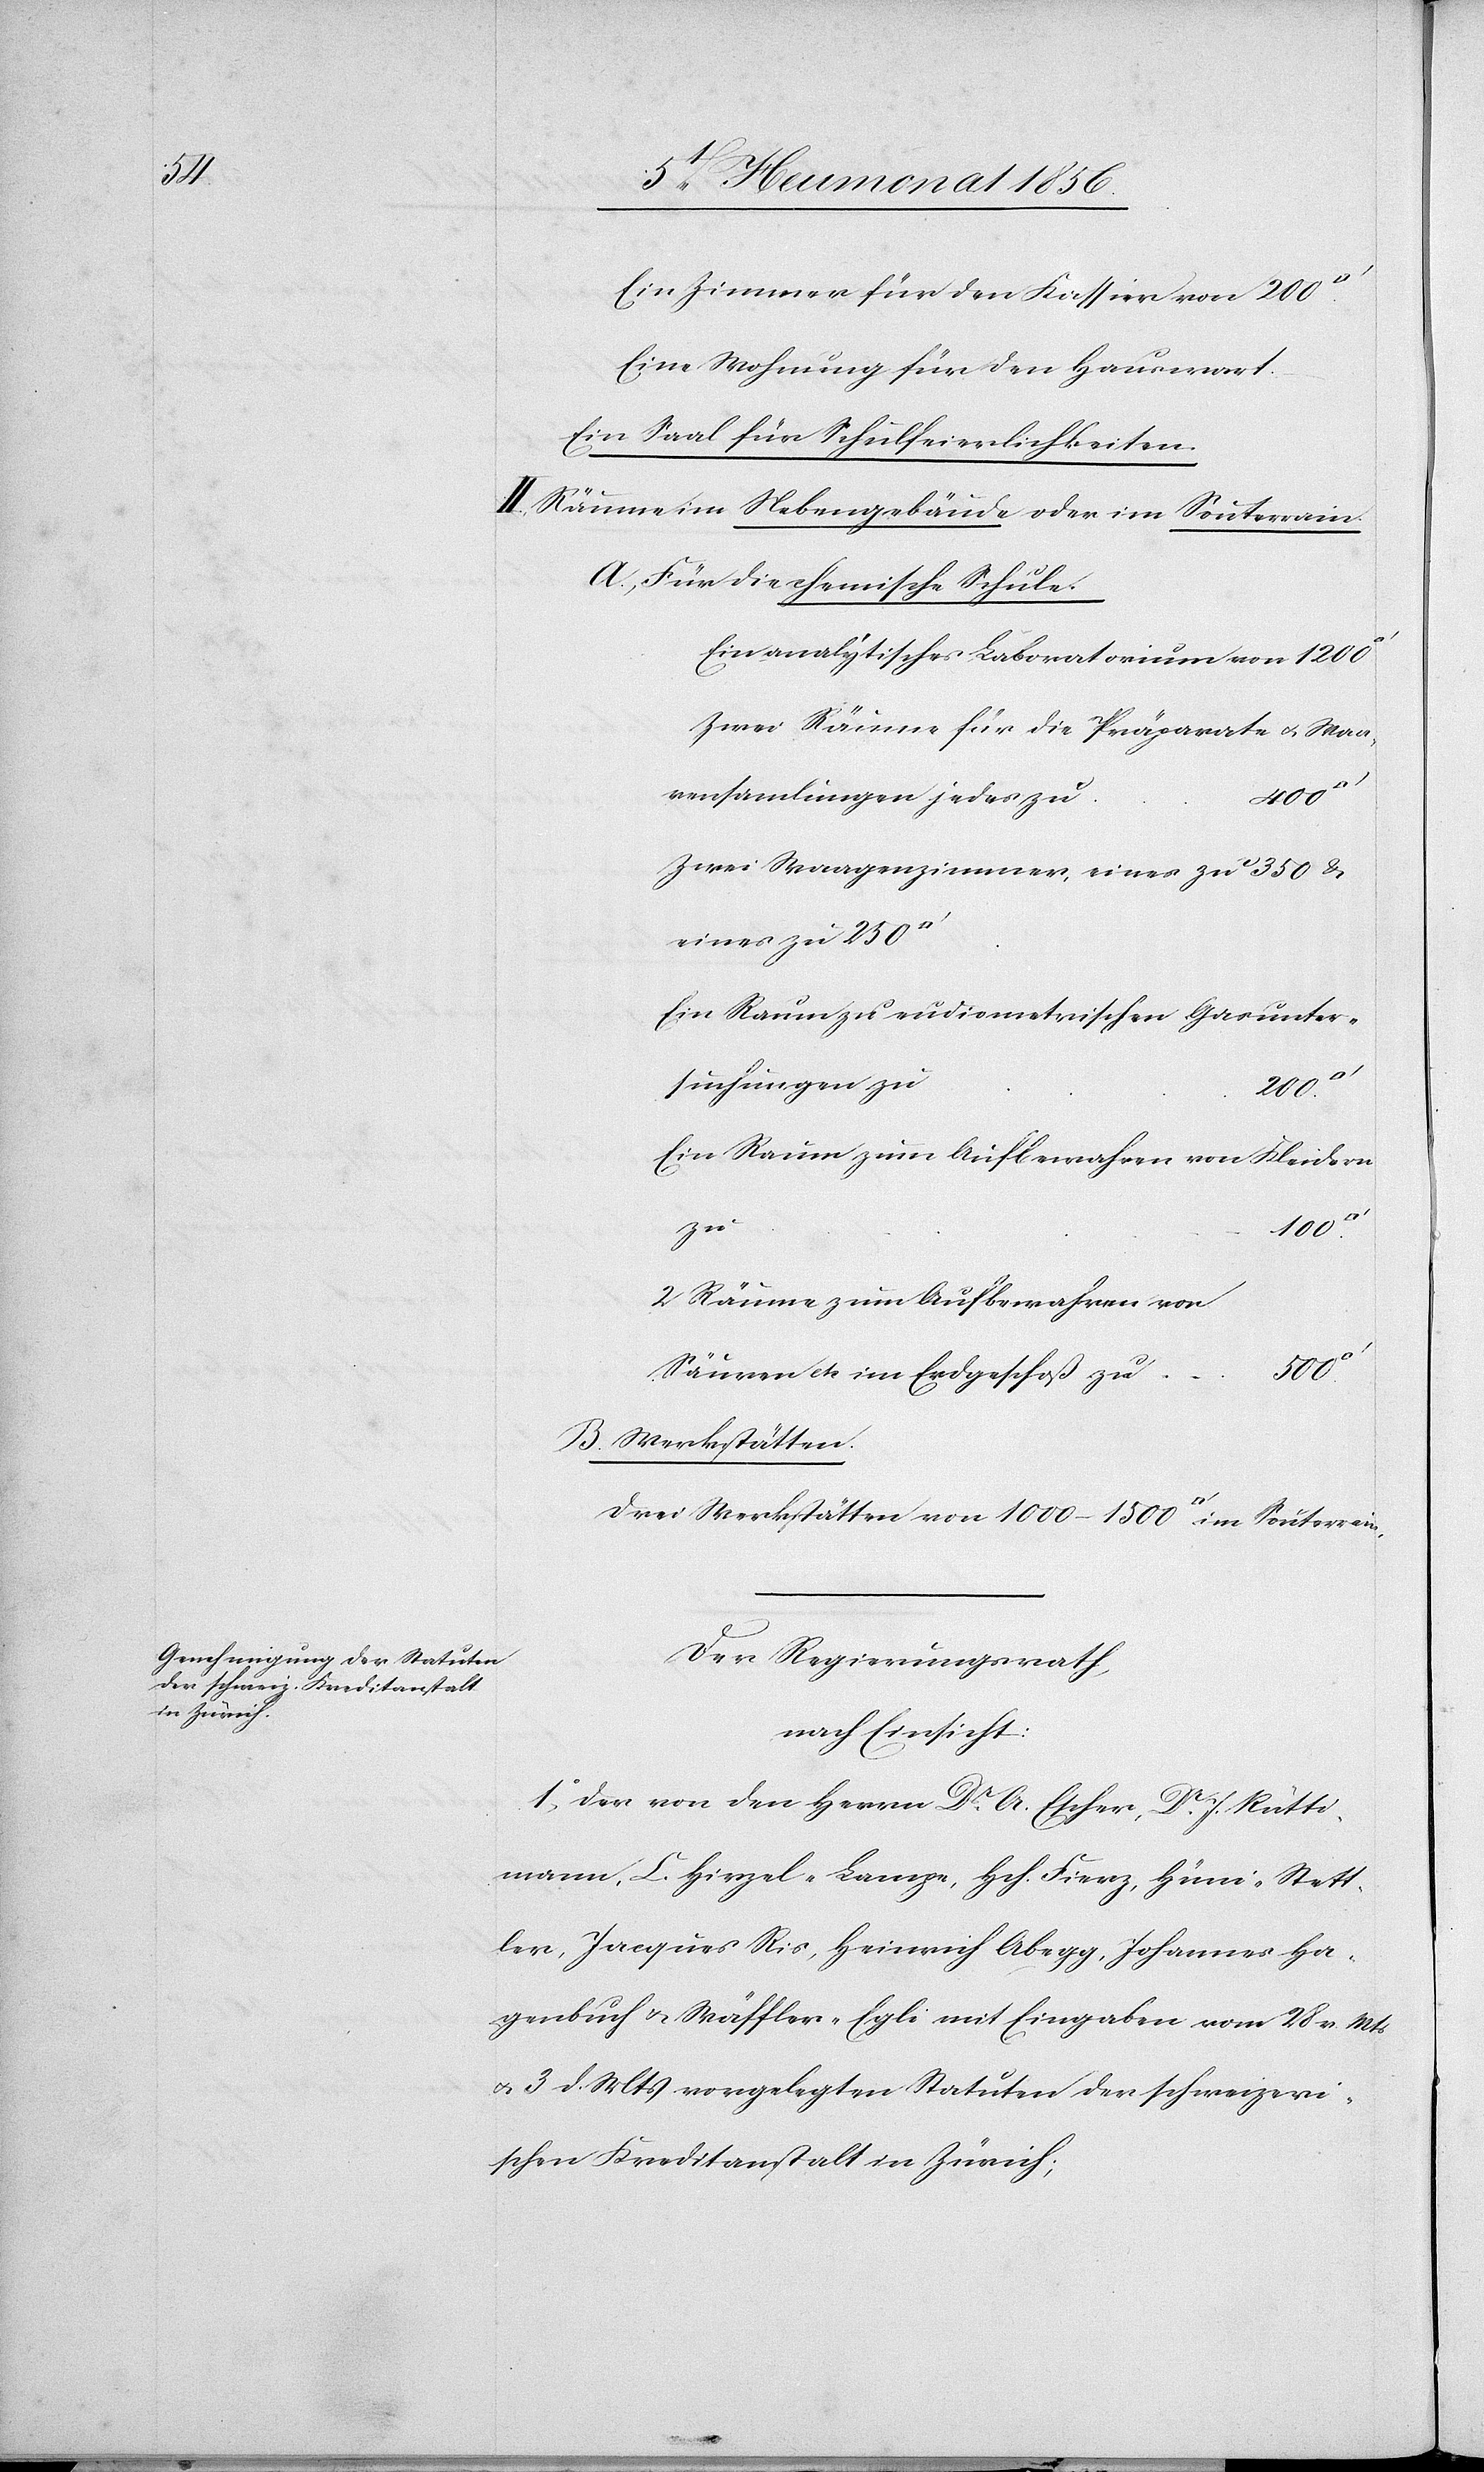
Eine Wohnung für den Hauswart.
Ein Saal für Schulfeierlichkeiten.
II. Räume im Nebengebäude oder im Souterrain.
Für die chemische Schule.
Ein analytisches Laboratorium von
Zwei Räume für die Präparate u. Waa¬
rensam[m]lungen jedes zu
B.
Zwei Waagenzimmer, eines zu
Ein Raum zu eudiometrischen Gasunter¬
suchungen zu
ain.
Ein Raum zum Aufbewahren von Kleidern
zu
100.
2 Räume zum Aufbewahren von
Säuren etc im Erdgeschoß zu
i Werkstätten
Der Regierungsrath,
nach Einsicht:
1o Der von den Herrn Dr A. Escher, Dr J. Rütti¬
mann, C. Hirzel-Lampe, Hch. Fierz, Hüni-Stett¬
ler, Jacques Ris, Heinrich Abegg, Johannes Ha¬
genbuch u. Wäffler-Egli mit Eingaben vom 28 v. Mts
u. 3 d. Mts vorgelegten Statuten der schweizeri¬
schen Kreditanstalt in Zürich;